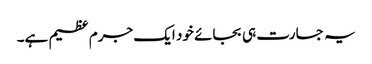
یہ جسارت ہی بجائے خود ایک جرم عظیم ہے۔